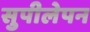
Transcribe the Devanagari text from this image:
सुपीलेपन